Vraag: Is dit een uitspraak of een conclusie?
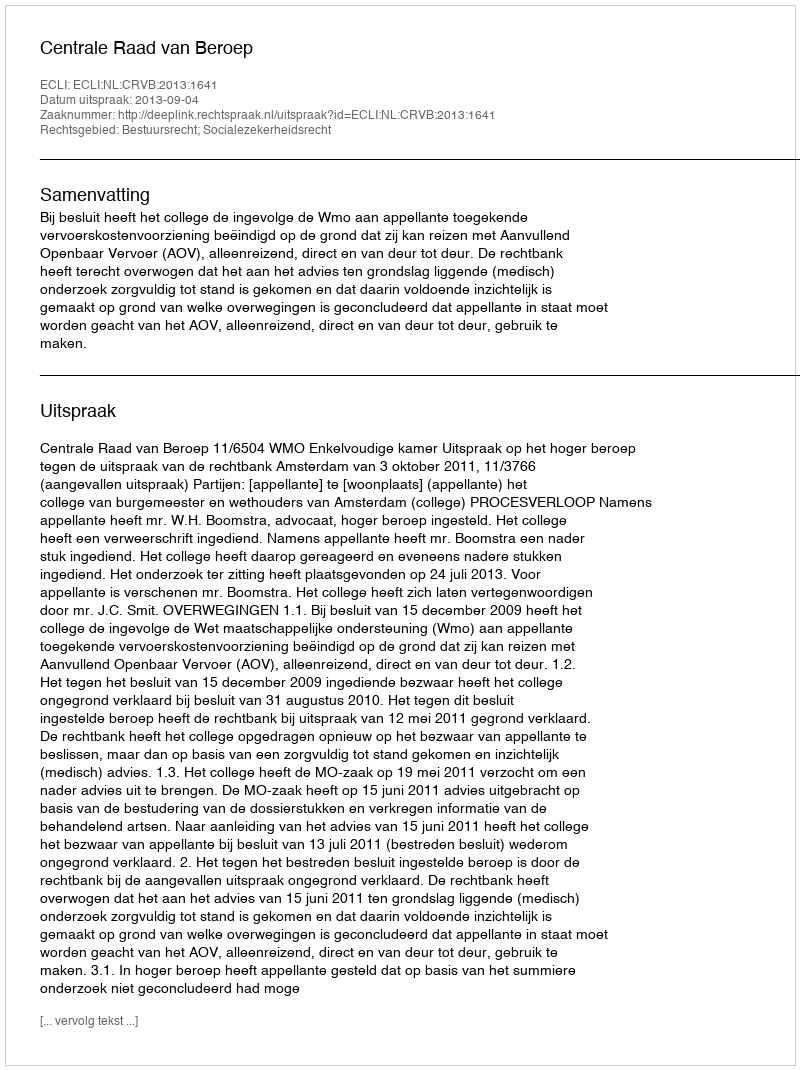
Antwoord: Uitspraak